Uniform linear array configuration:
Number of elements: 48
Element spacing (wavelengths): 0.75
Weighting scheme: uniform
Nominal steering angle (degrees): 45
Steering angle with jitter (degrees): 44.818
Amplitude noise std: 0.05
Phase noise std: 0.05

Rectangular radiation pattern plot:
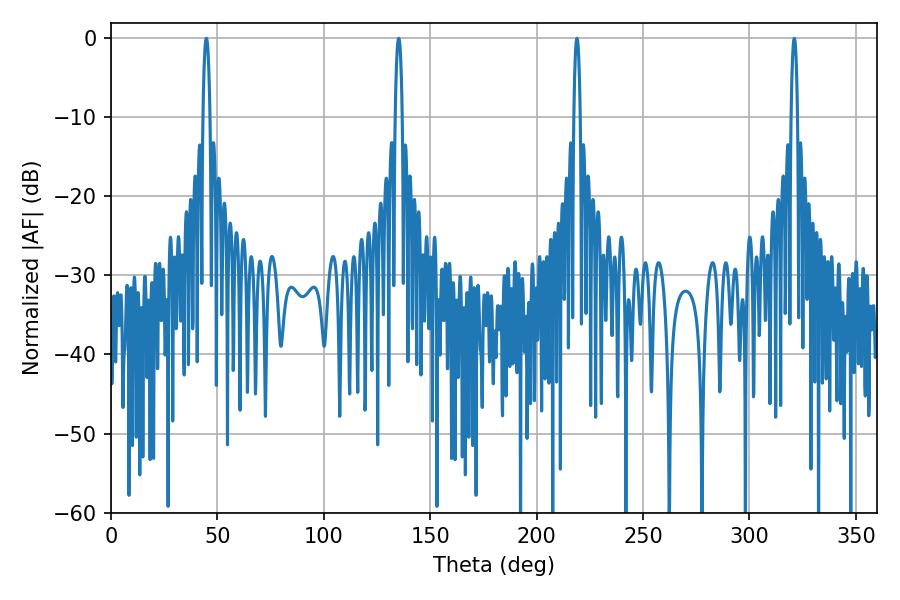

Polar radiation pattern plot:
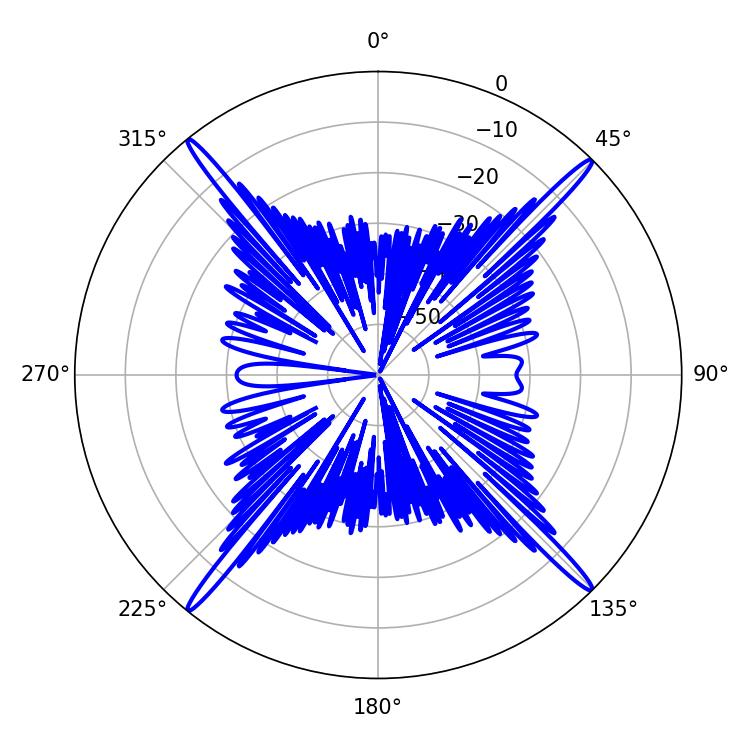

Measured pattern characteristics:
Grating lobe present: TRUE
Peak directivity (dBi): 22.941
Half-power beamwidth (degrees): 1.8
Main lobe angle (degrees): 135.18